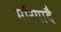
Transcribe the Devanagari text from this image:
मरियादै